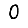
Digit: 0